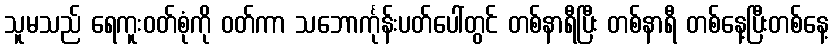
သူမသည် ရေကူးဝတ်စုံကို ဝတ်ကာ သဘောင်္ကုန်းပတ်ပေါ်တွင် တစ်နာရီပြီး တစ်နာရီ တစ်နေ့ပြီးတစ်နေ့